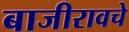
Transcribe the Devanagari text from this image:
बाजीरावचे